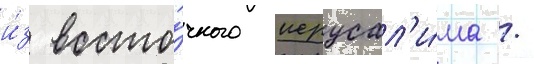
и́з восто́чного иерусал'и́ма /